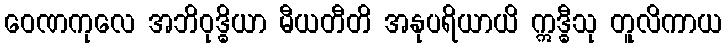
ဝေဏကုလေ အဘိဝုဒ္ဓိယာ မီယတီတိ အနုပရိယာယိ ဣဒ္ဓီသု တူလိကာယ